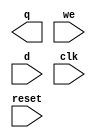
module REG32 (
  output     [31:0]   q,
  input               we,
  input      [31:0]   d,
  input               clk,
  input               reset
);
endmodule